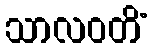
သာလဝတိံ